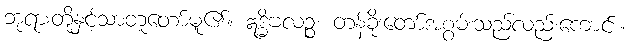
ဘုရားတို့နှင့်သာတူတော်မူ၏။ ဣဒ္ဓိဗလဉ္စ၊ တန်ခိုးတော်အစွမ်းသည်လည်းကောင်း။